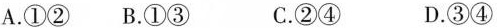
A.①② B.①③ C.②④ D.③④